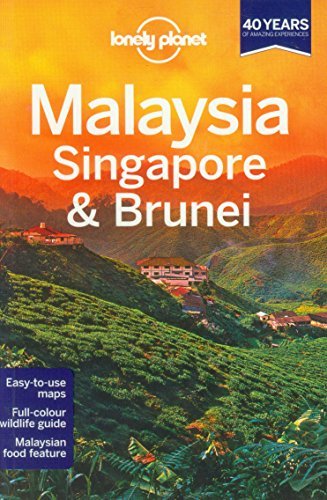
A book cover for By Lonely Planet Lonely Planet Malaysia, Singapore & Brunei (Travel Guide) (12th Edition); Travel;